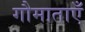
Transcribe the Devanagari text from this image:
गौमाताएँ